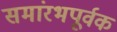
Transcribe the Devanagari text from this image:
समांरभपूर्वक